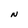
Character: N